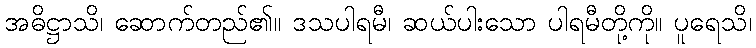
အဓိဋ္ဌာသိ၊ ဆောက်တည်၏။ ဒသပါရမီ၊ ဆယ်ပါးသော ပါရမီတို့ကို။ ပူရေသိ၊